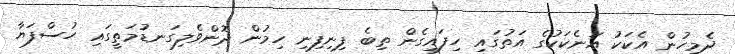
ދެމީހުން އެކަކު އަނެކަކުގެ އަތުގައި ހިފައިގެން ތިބެ ފިނިފިނި ހިމުން ދޮންވެލިގަނޑުމަތީގައި ހުސްފަޔާ